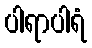
ပါရာပါရံ